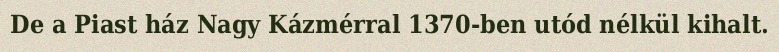
De a Piast ház Nagy Kázmérral 1370-ben utód nélkül kihalt.